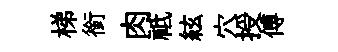
梯銜肉祗絃穴授傅